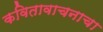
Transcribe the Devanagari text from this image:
कवितावाचनाचा